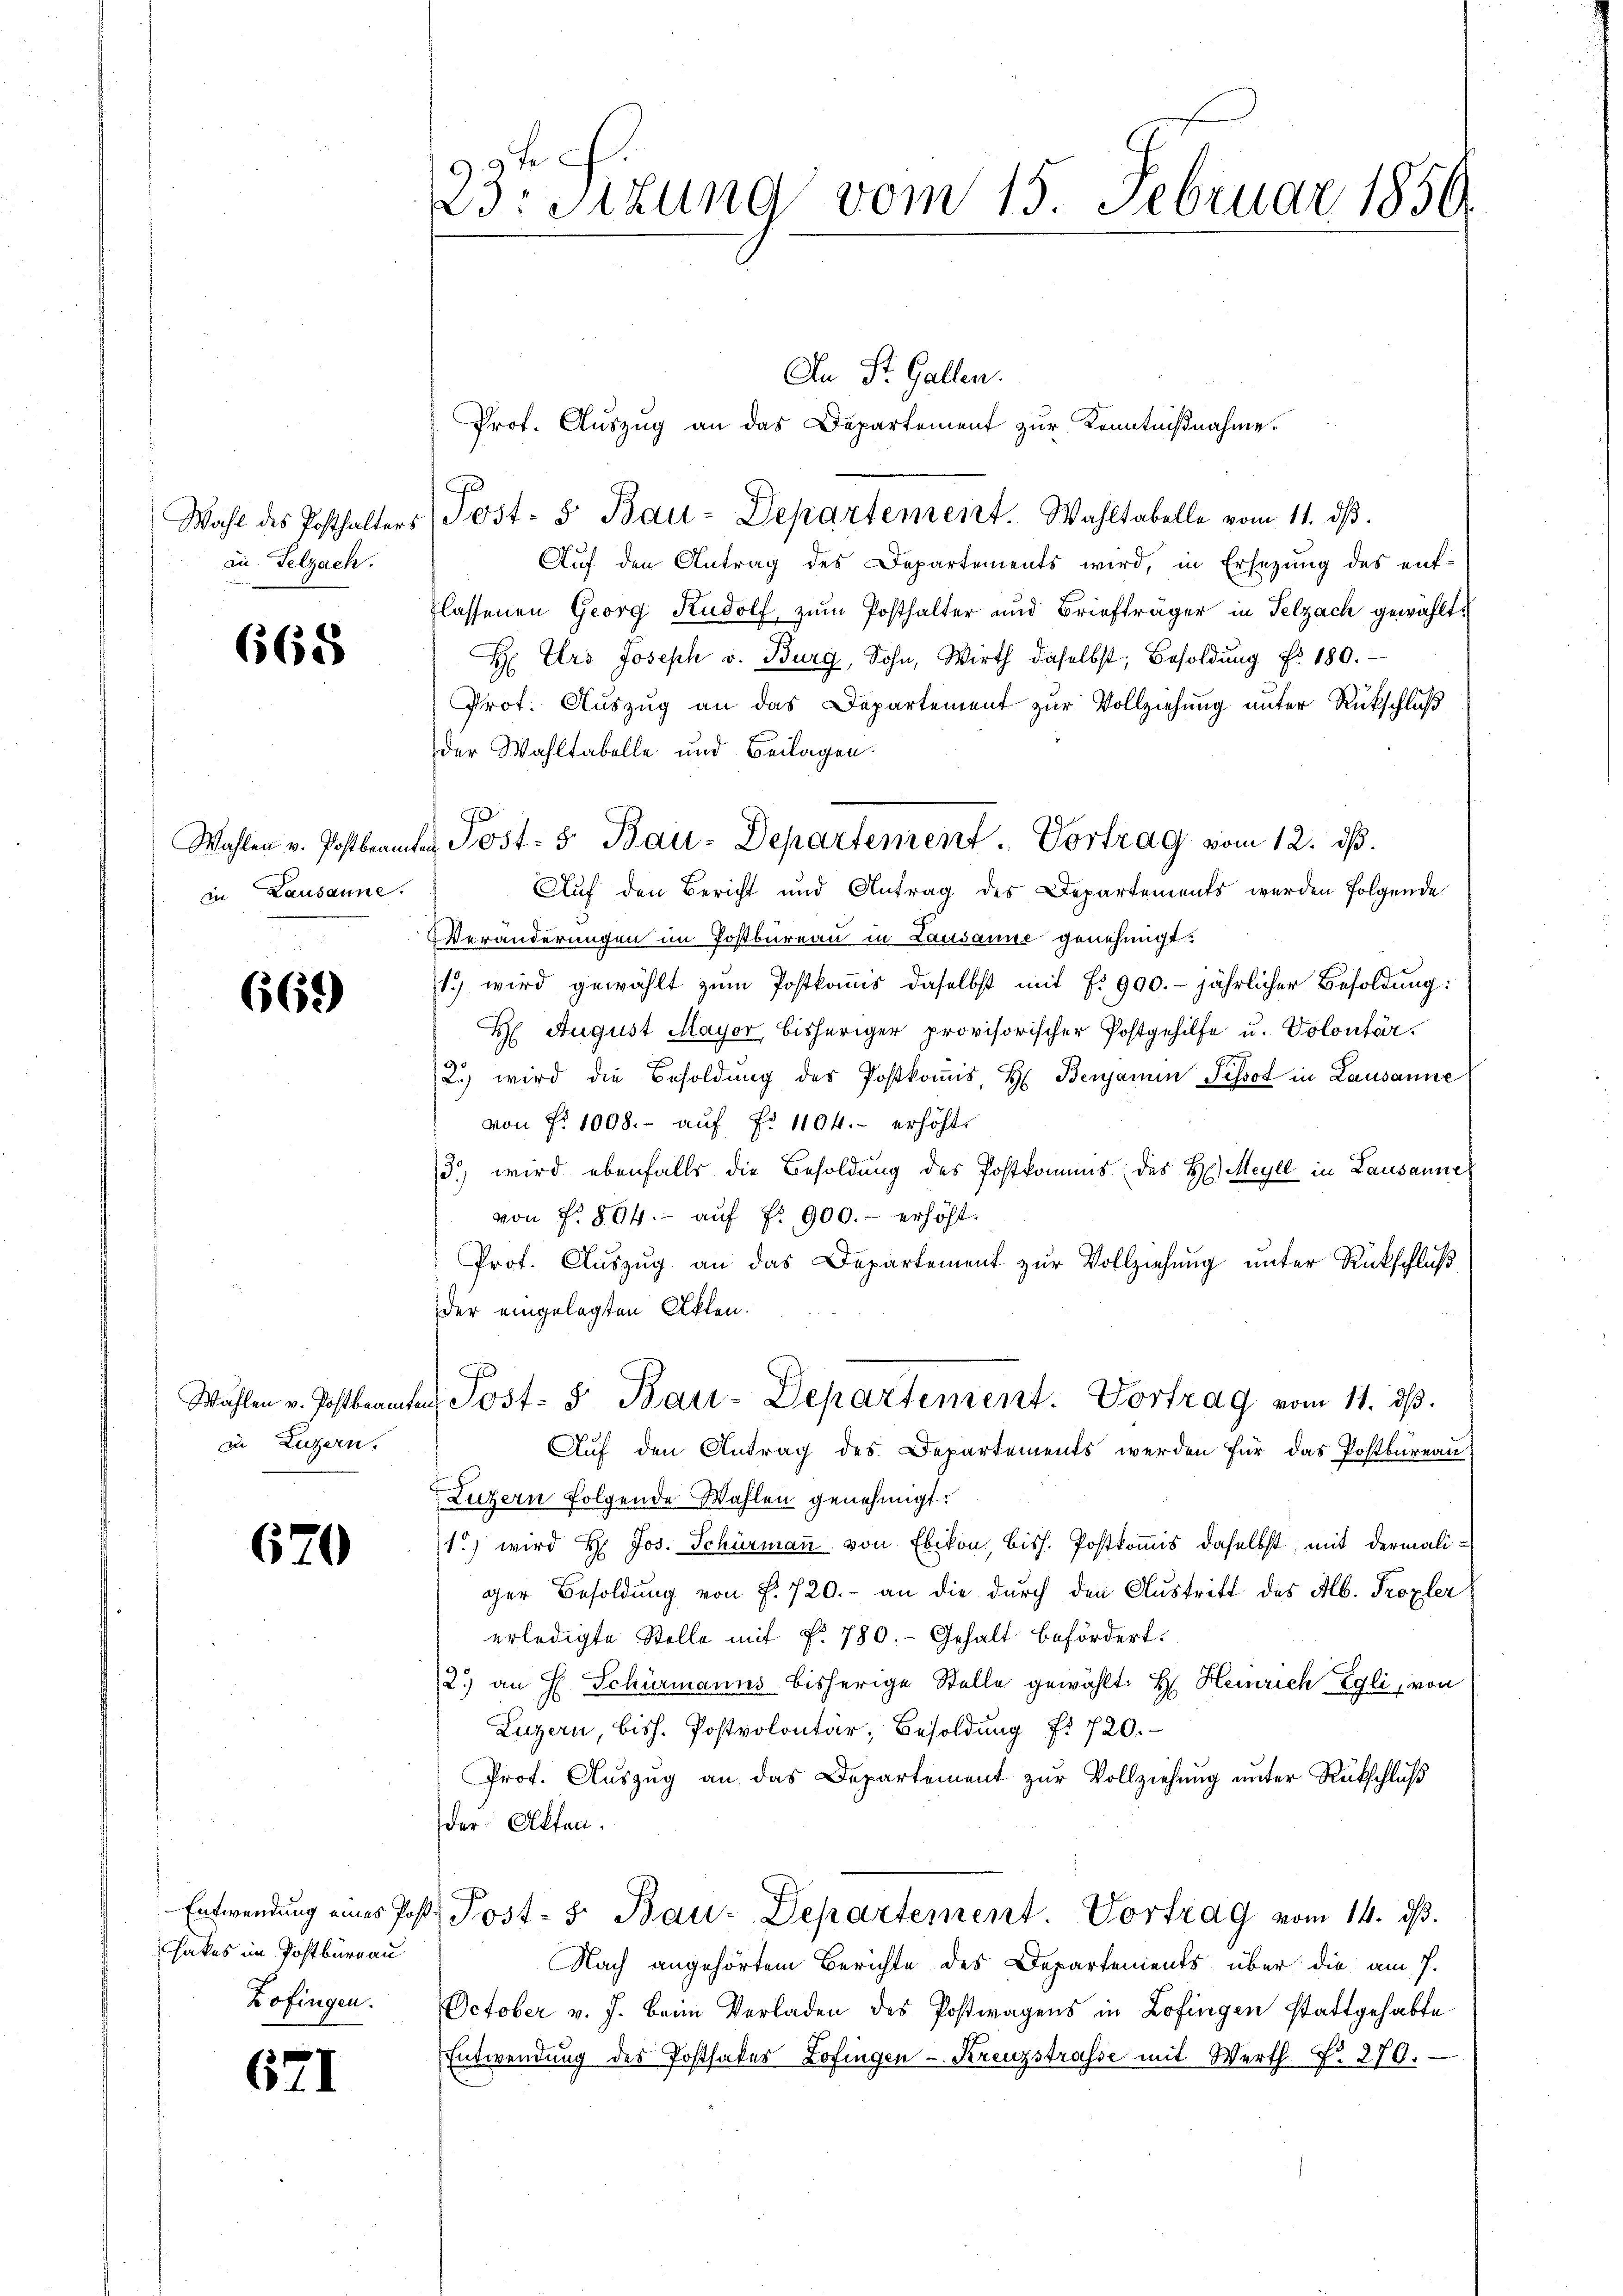
Wahl des Posthalters
zu Pelzach.

668

Wahlen v. Postbeamt
in Lausanne.

669)

in Luzern.

670

hakes im Postburgau
Zofingen.

671

9. 9 te
3: Stzung vom 15. Februar 1856.

Post- & Bau-Departement. Vortrag vom 12. ds.

An St. Gallen.
Prof. Auszug an das Departement zur Kenntnißnahme.
Post- & Bau-Departement. Wahltabelle vom 11. ds.
Auf den Antrag des Departements wird, in Ersezung des entlassenen Georg Rudolf, zum Posthalter und Briefträger in Selzach gewählt:
H Urs Joseph v. Burg, Sohn, Wirth daselbst, Besoldŭng fr. 180.
Prot. Auszug an das Departement zur Vollziehung unter Rückschluß
der Wahltabelle und Beilagen.
Auf den Bericht und Antrag des Departements werden folgende
Veränderungen im Postbureau in Lausanne genehmigt.
1.) wird gewählt zum Postkomis daselbst mit No 900.- jährlicher Besoldung:
H August Mayor, bisheriger provisorischer Postgehilfe u. Volontär.
2. wird die Besoldung des Postkoṁis, H. Benjamin Pissot in Lausanne
von fr. 1008.- aŭf fr. 1104.- erhöht.
3.) wird ebenfalls die Besoldung des Postkomms des H. Meyll in Lausanne
von f. 864.- aŭf fr. 900.- erhöht.
Prot. Auszug an das Departement zur Vollziehung unter Rückschluß
der eingelegten Akten.
Wählen v. Postbeamten Post- & Bau-Departement. Vortrag vom 11. ds.
Aŭf den Antrag des Departements werden für das Postbureau
Luzern folgende Wahlen genehmigt.
1.) wird H: Jos. Schürmaṅ von Ebikon, bish. Postkomis daselbst, mit dermaliger Besoldung von f. 720.- an die durch den Austritt des Alb. Tropfer
erledigte Stelle mit §. 780. Gehalt befördert.
2.) an H. Schürmanns bisherige Stelle gewählt: H. Heinrich Egli, von
Luzern, bish. Postvolontär, Besoldŭng f. 720.
Prot. Aŭszŭg an das Departement zŭr Vollziehŭng ŭnter Rückschlŭβ
der Akten.
Entwendŭng eines Post. Post- & Bau-Departement. Vortrag vom 14. dβ.
Nach angehörtem Berichte des Departements über die am 7.
October v. J. beim Verladen des Postwagens in Zofingen stattgehabte
Entwendung des Posthakes Zofingen Kreuzstrasse mit Werth N. 270.